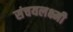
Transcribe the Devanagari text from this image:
संचयलक्ष्मी